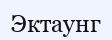
Эктаунг